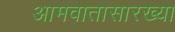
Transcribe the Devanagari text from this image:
आमवातासारख्या